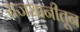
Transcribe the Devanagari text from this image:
राजधानीतून